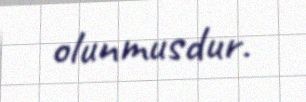
olunmusdur.